Annual report on the lock hospitals of the Madras Presidency
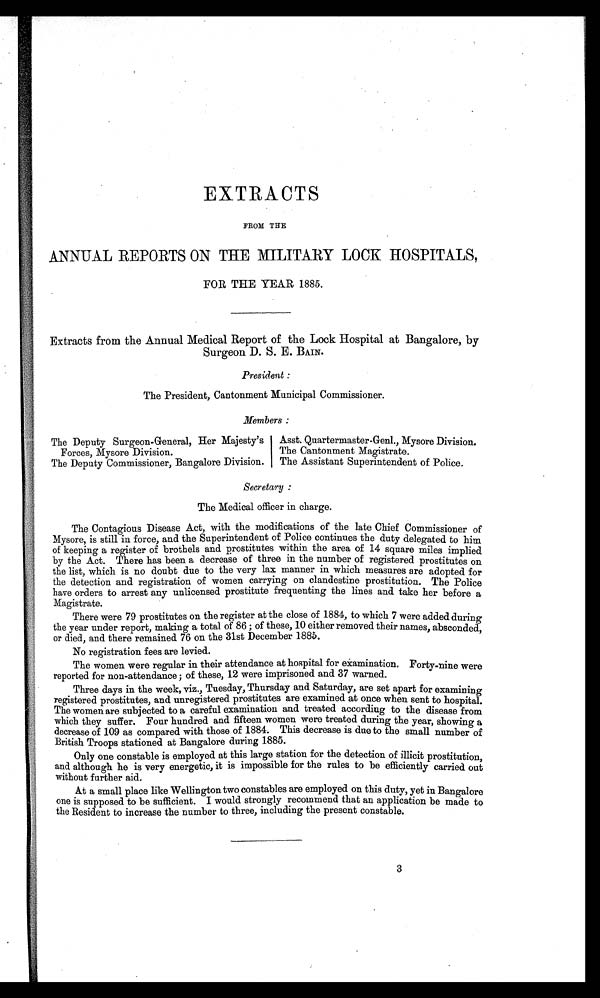
EXTRACTS
FROM THE
ANNUAL REPORTS ON THE MILITARY LOCK HOSPITALS,
FOR THE YEAR 1885
Extracts from the Annual Medical Report of the Lock Hospital at Bangalore, by
Surgeon D. S. E. BAIN.
President :
The President, Cantonment Municipal Commissioner.
Members :
The Deputy Surgeon-General, Her Majesty's
Forces, Mysore Division.
The Deputy Commissioner, Bangalore Division.
Asst. Quartermaster-Genl., Mysore Division.
The Cantonment Magistrate.
The Assistant Superintendent of Police.
Secretary :
The Medical officer in charge.
The Contagious Disease Act, with the modifications of the late Chief Commissioner of
Mysore, is still in force, and the Superintendent of Police continues the duty delegated to him
of keeping a register of brothels and prostitutes within the area of 14 square miles implied
by the Act. There has been a decrease of three in the number of registered prostitutes on
the list, which is no doubt due to the very lax manner in which measures are adopted for
the detection and registration of women carrying on clandestine prostitution. The Police
have orders to arrest any unlicensed prostitute frequenting the lines and take her before a
Magistrate.
There were 79 prostitutes on the register at the close of 1884, to which 7 were added during
the year under report, making a total of 86 ; of these, 10 either removed their names, absconded,
or died, and there remained 76 on the 31 st December 1885.
No registration fees are levied.
The women were regular in their attendance at hospital for examination. Forty-nine were
reported for non-attendance; of these, 12 were imprisoned and 37 warned.
Three days in the week, viz., Tuesday, Thursday and Saturday, are set apart for examining
registered prostitutes, and unregistered prostitutes are examined at once when sent to hospital.
The women are subjected to a careful examination and treated according to the disease from
which they suffer. Four hundred and fifteen women were treated during the year, showing a
decrease of 109 as compared with those of 1884. This decrease is due to the small number of
British Troops stationed at Bangalore during 1885.
Only one constable is employed at this large station for the detection of illicit prostitution,
and although he is very energetic, it is impossible for the rules to be efficiently carried out
without further aid.
At a small place like Wellington two constables are employed on this duty, yet in Bangalore
one is supposed to be sufficient. I would strongly recommend that an application be made to
the Resident to increase the number to three, including the present constable.